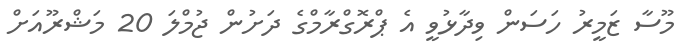
މޫސާ ޒަމީރު ހަސަން ވިދާޅުވީ އެ ޕްރޮގްރާމްގެ ދަށުން ޖުމްލަ 20 މަޝްރޫއަށް